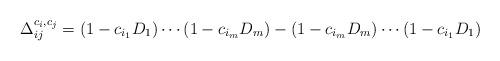
LaTeX: \begin{align*}\Delta_{ij}^{c_i,c_j}=(1-c_{i_1}D_1)\cdots (1-c_{i_m}D_m)-(1-c_{i_m}D_m)\cdots (1-c_{i_1}D_1)\end{align*}